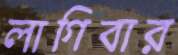
লাগিবার